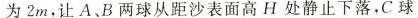
B2m，让A、C、D两球从距沙表面高H处静止下落，C球